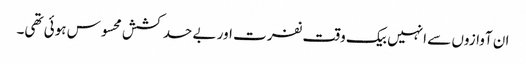
ان آوازوں سے انہیں بیک وقت نفرت اور بے حد کشش محسوس ہوئی تھی۔